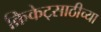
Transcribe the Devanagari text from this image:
क्रिकेट्साठीच्या